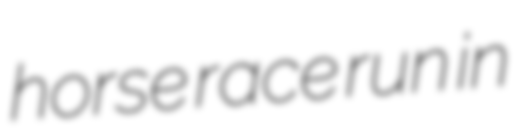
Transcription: horse race run in